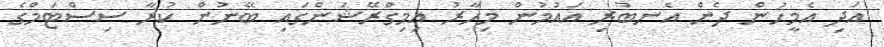
އަދި އެމީހުން ދެން އެނބުރި އައުމުން މިހާރު އިމިގްރޭޝަންގައި ބޭނުން ކުރާ ސިސްޓަމްގެ